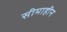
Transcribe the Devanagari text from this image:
सीमाहीन